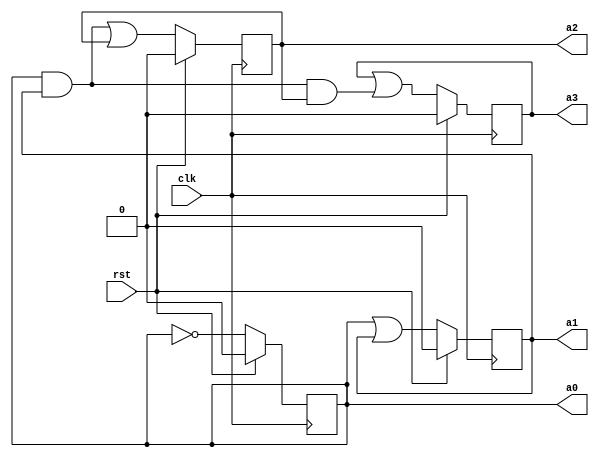
module counter4(
    input rst,
    input clk, 
    output a0,
    output a1,
    output a2,
    output a3
    );

    reg a0, a1, a2, a3;
    
    always @ (posedge clk)
    begin
        if (rst) begin
        a0 <= 'b0;
        a1 <= 'b0;
        a2 <= 'b0;
        a3 <= 'b0;
        end
        
        else begin
            a0 <= ~a0;
            a1 <= a0 | a1;
            a2 <= (a0 & a1) | a2;
            a3 <= a3 | (a0 & a1 & a2);
        end
    end
endmodule